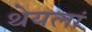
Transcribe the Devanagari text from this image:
थेयलां